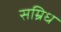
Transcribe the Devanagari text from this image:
सम्रिध